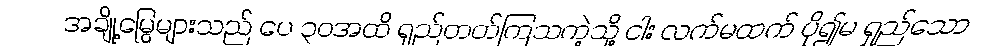
အချို့မြွေများသည် ပေ ၃၀အထိ ရှည်တတ်ကြသကဲ့သို့ ငါး လက်မထက် ပို၍မ ရှည်သော